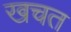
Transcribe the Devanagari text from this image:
खचत